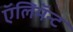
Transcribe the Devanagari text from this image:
ऍलिमॅन्ट